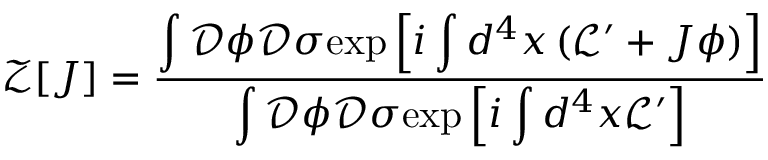
\mathcal { Z } [ J ] = \frac { \displaystyle \int \mathcal { D } \phi \mathcal { D } \sigma \mathrm { e x p } \left[ i \displaystyle \int d ^ { 4 } x \left( \mathcal { L } ^ { \prime } + J \phi \right) \right] } { \displaystyle \int \mathcal { D } \phi \mathcal { D } \sigma \mathrm { e x p } \left[ i \displaystyle \int d ^ { 4 } x \mathcal { L } ^ { \prime } \right] }